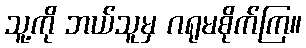
သူ့ကို ဘယ်သူမှ ဂရုမစိုက်ကြ။